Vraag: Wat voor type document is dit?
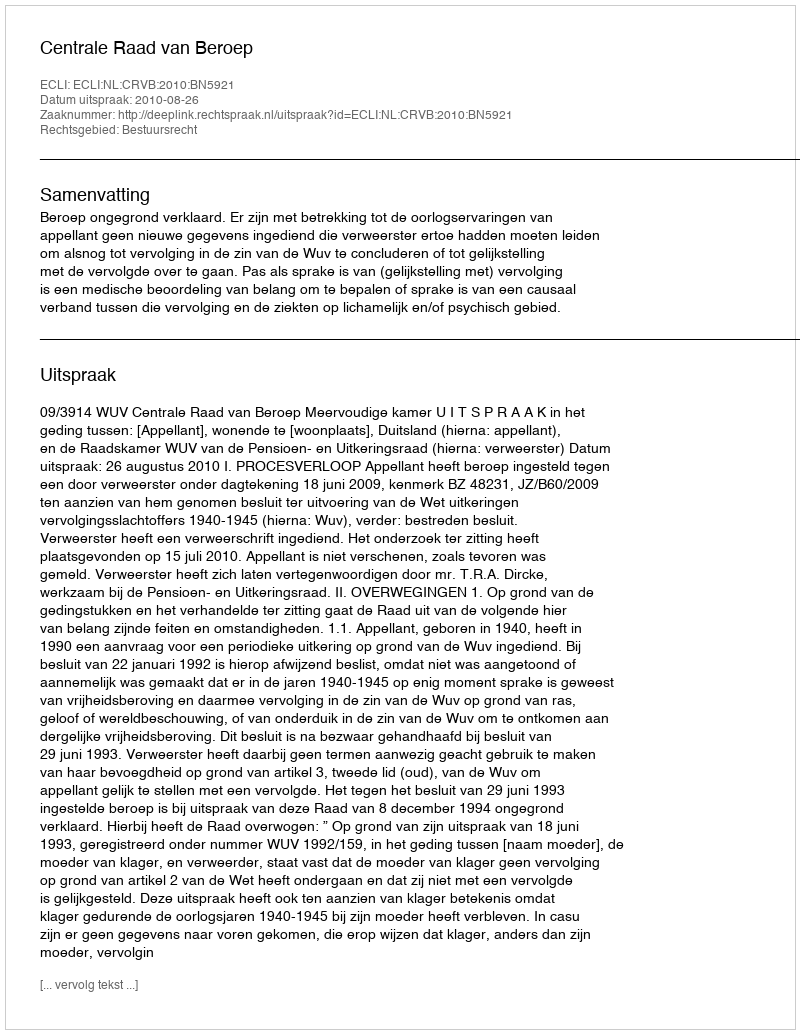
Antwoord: Uitspraak